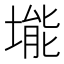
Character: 𪣾